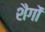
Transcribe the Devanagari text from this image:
शैगों